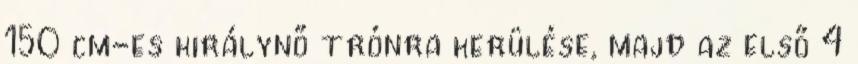
150 cm-es királynő trónra kerülése, majd az első 4